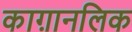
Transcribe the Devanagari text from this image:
काग़ानलिक